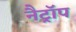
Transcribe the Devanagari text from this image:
नैट्रॉप